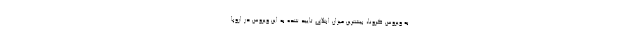
به ویروس کرونا، بیشترین میزان ابتلای تایید شده به این ویروس در اروپا